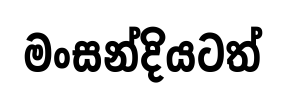
මංසන්දියටත්